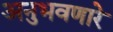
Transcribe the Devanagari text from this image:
अनुभवणारे